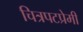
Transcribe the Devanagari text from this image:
चित्रपटप्रेमी